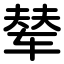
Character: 辇